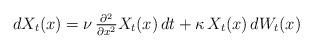
LaTeX: \begin{align*}& dX_t(x) = \nu \, \tfrac{ \partial^2 }{ \partial x^2 } X_t(x) \, dt + \kappa \, X_t(x) \, dW_t(x)\end{align*}